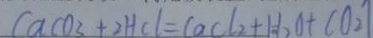
C a C O _ { 3 } + 2 H C l = C a c C l _ { 2 } + H _ { 2 } O + C O _ { 2 } \uparrow